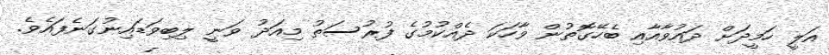
އަލީ ހަމީދަށް ދައުވާއާއި ބެހޭގޮތުން ވާހަކަ ދެއްކުމުގެ ފުރުސަތު މިއަދު ވަނީ ލިބިވަޑައިނުގަނެފައެވެ.